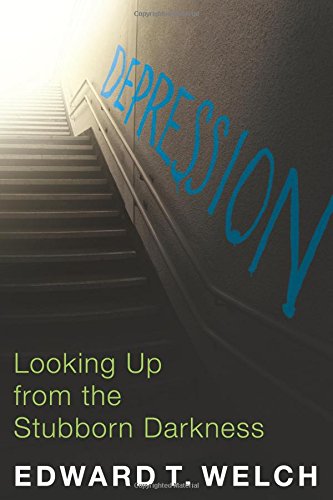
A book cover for Depression: Looking Up from the Stubborn Darkness; Edward T. Welch; Health, Fitness & Dieting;